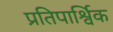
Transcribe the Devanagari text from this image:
प्रतिपार्श्विक